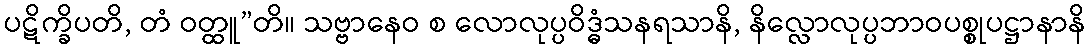
ပဋိက္ခိပတိ, တံ ဝတ္ထူ”တိ။ သဗ္ဗာနေဝ စ လောလုပ္ပဝိဒ္ဓံသနရသာနိ, နိလ္လောလုပ္ပဘာဝပစ္စုပဋ္ဌာနာနိ